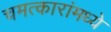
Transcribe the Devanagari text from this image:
चमत्कारांमध्ये